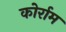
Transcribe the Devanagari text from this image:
कोर्राम